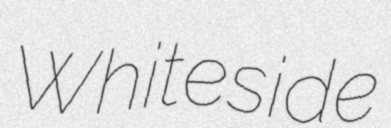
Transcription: Whiteside